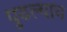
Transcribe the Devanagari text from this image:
पुढल्याच